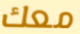
معك